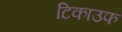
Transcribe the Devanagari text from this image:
टिकाउफ